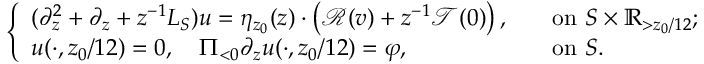
\begin{array} { r } { \left\{ \begin{array} { l l } { ( \partial _ { z } ^ { 2 } + \partial _ { z } + z ^ { - 1 } L _ { S } ) u = \eta _ { z _ { 0 } } ( z ) \cdot \left( \mathscr { R } ( v ) + z ^ { - 1 } \mathscr { T } ( 0 ) \right) , \ } & { \ \mathrm { ~ o n ~ } S \times \mathbb { R } _ { > z _ { 0 } / 1 2 } ; } \\ { u ( \cdot , z _ { 0 } / 1 2 ) = 0 , \ \ \ \Pi _ { < 0 } \partial _ { z } u ( \cdot , z _ { 0 } / 1 2 ) = \varphi , \ } & { \ \mathrm { ~ o n ~ } S . } \end{array} \right. } \end{array}